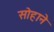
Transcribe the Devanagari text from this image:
सोहाने